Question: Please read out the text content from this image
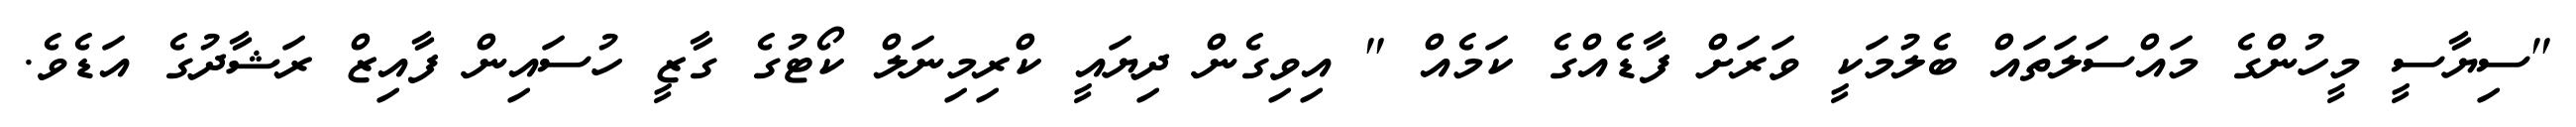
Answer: "ސިޔާސީ މީހުންގެ މައްސަލަތައް ބެލުމަކީ ވަރަށް ފާޑެއްގެ ކަމެއް " އިވިގެން ދިޔައީ ކްރިމިނަލް ކޯޓުގެ ގާޒީ ހުސައިން ފާއިޒް ރަޝާދުގެ އަޑެވެ.